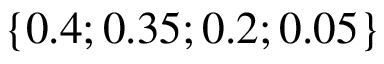
\{ 0 . 4 ; 0 . 3 5 ; 0 . 2 ; 0 . 0 5 \}